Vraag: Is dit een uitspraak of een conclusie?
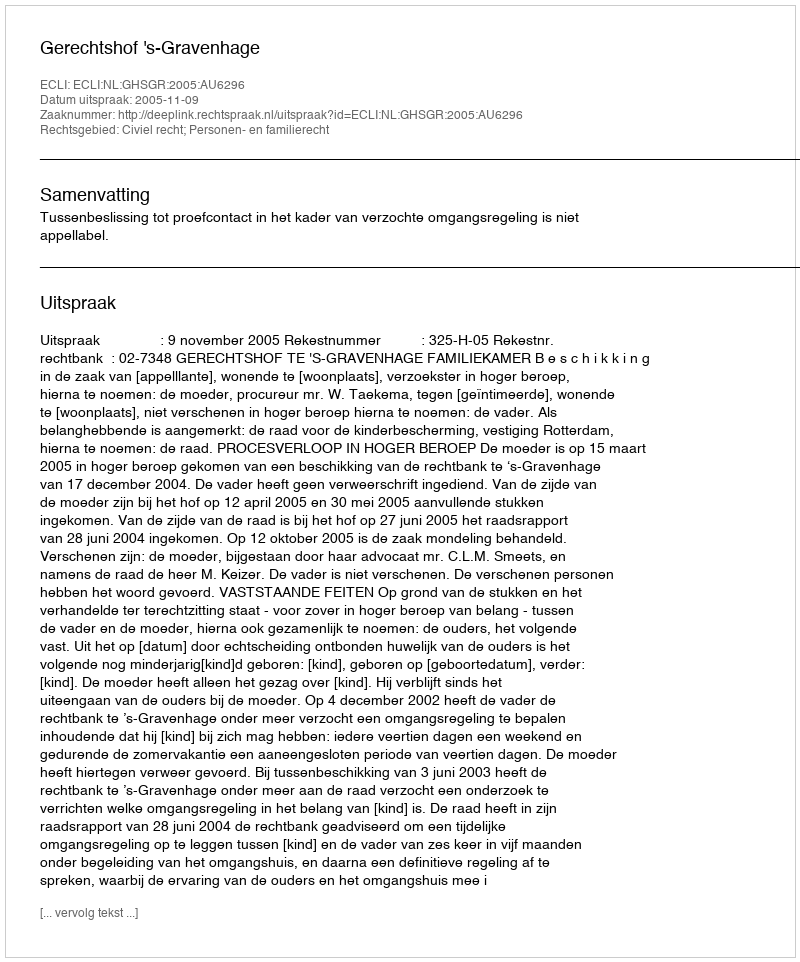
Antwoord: Uitspraak